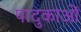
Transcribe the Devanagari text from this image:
पादुकाओं